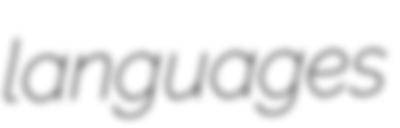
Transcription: languages